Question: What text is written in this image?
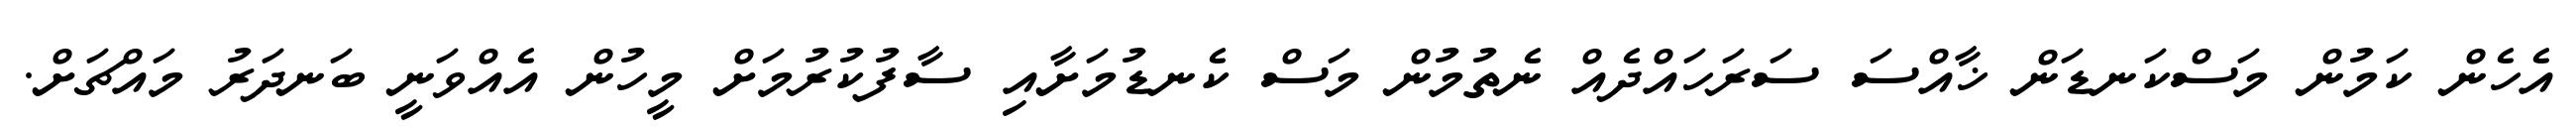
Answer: އެހެން ކަމުން މަސްކަނޑަން ޚާއްސަ ސަރަހައްދެއް ނެތުމުން މަސް ކެނޑުމަށާއި ސާފުކުރުމަށް މީހުން އެއްވަނީ ބަނދަރު މައްޗަށް.